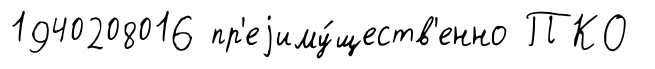
1940208016 пр'еjиму́ществ'енно ПКО